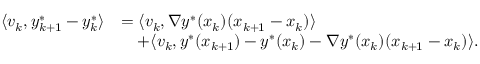
\begin{array} { r l } { \langle v _ { k } , y _ { k + 1 } ^ { * } - y _ { k } ^ { * } \rangle } & { = \langle v _ { k } , \nabla y ^ { * } ( x _ { k } ) ( x _ { k + 1 } - x _ { k } ) \rangle } \\ & { \quad + \langle v _ { k } , y ^ { * } ( x _ { k + 1 } ) - y ^ { * } ( x _ { k } ) - \nabla y ^ { * } ( x _ { k } ) ( x _ { k + 1 } - x _ { k } ) \rangle . } \end{array}